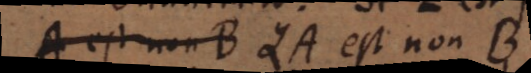
A est non B QA est non B.